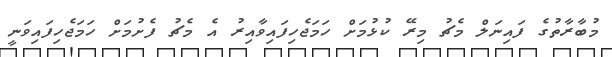
މުބާރާތުގެ ފައިނަލް މެޗު މިރޭ ކުޅުމަށް ހަމަޖެހިފައިވާއިރު އެ މެޗު ފެށުމަށް ހަމަޖެހިފައިވަނީ